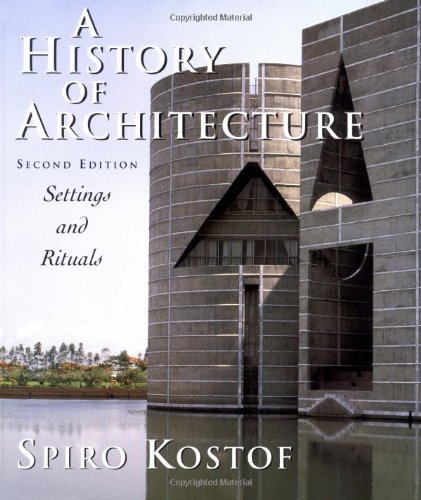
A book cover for A History of Architecture: Settings and Rituals; Spiro Kostof; Arts & Photography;